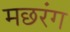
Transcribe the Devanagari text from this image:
मछरंग